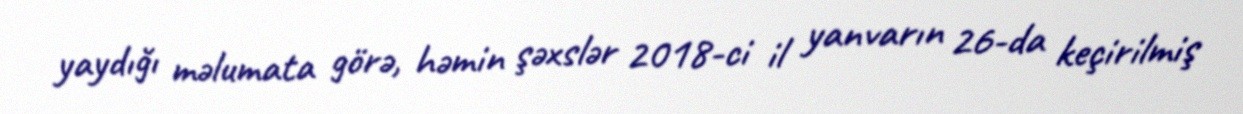
yaydığı məlumata görə, həmin şəxslər 2018-ci il yanvarın 26-da keçirilmiş